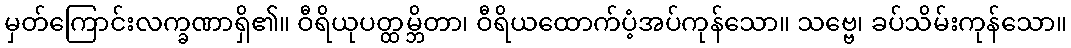
မှတ်ကြောင်းလက္ခဏာရှိ၏။ ဝီရိယုပတ္ထမ္ဘိတာ၊ ဝီရိယထောက်ပံ့အပ်ကုန်သော။ သဗ္ဗေ၊ ခပ်သိမ်းကုန်သော။